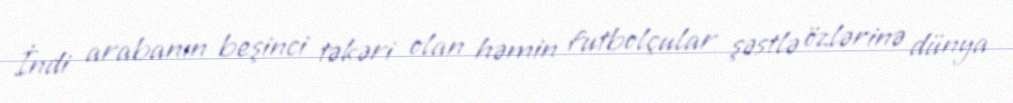
İndi arabanın beşinci təkəri olan həmin futbolçular şəstlə özlərinə dünya